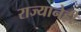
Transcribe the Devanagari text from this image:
राज्यानेही